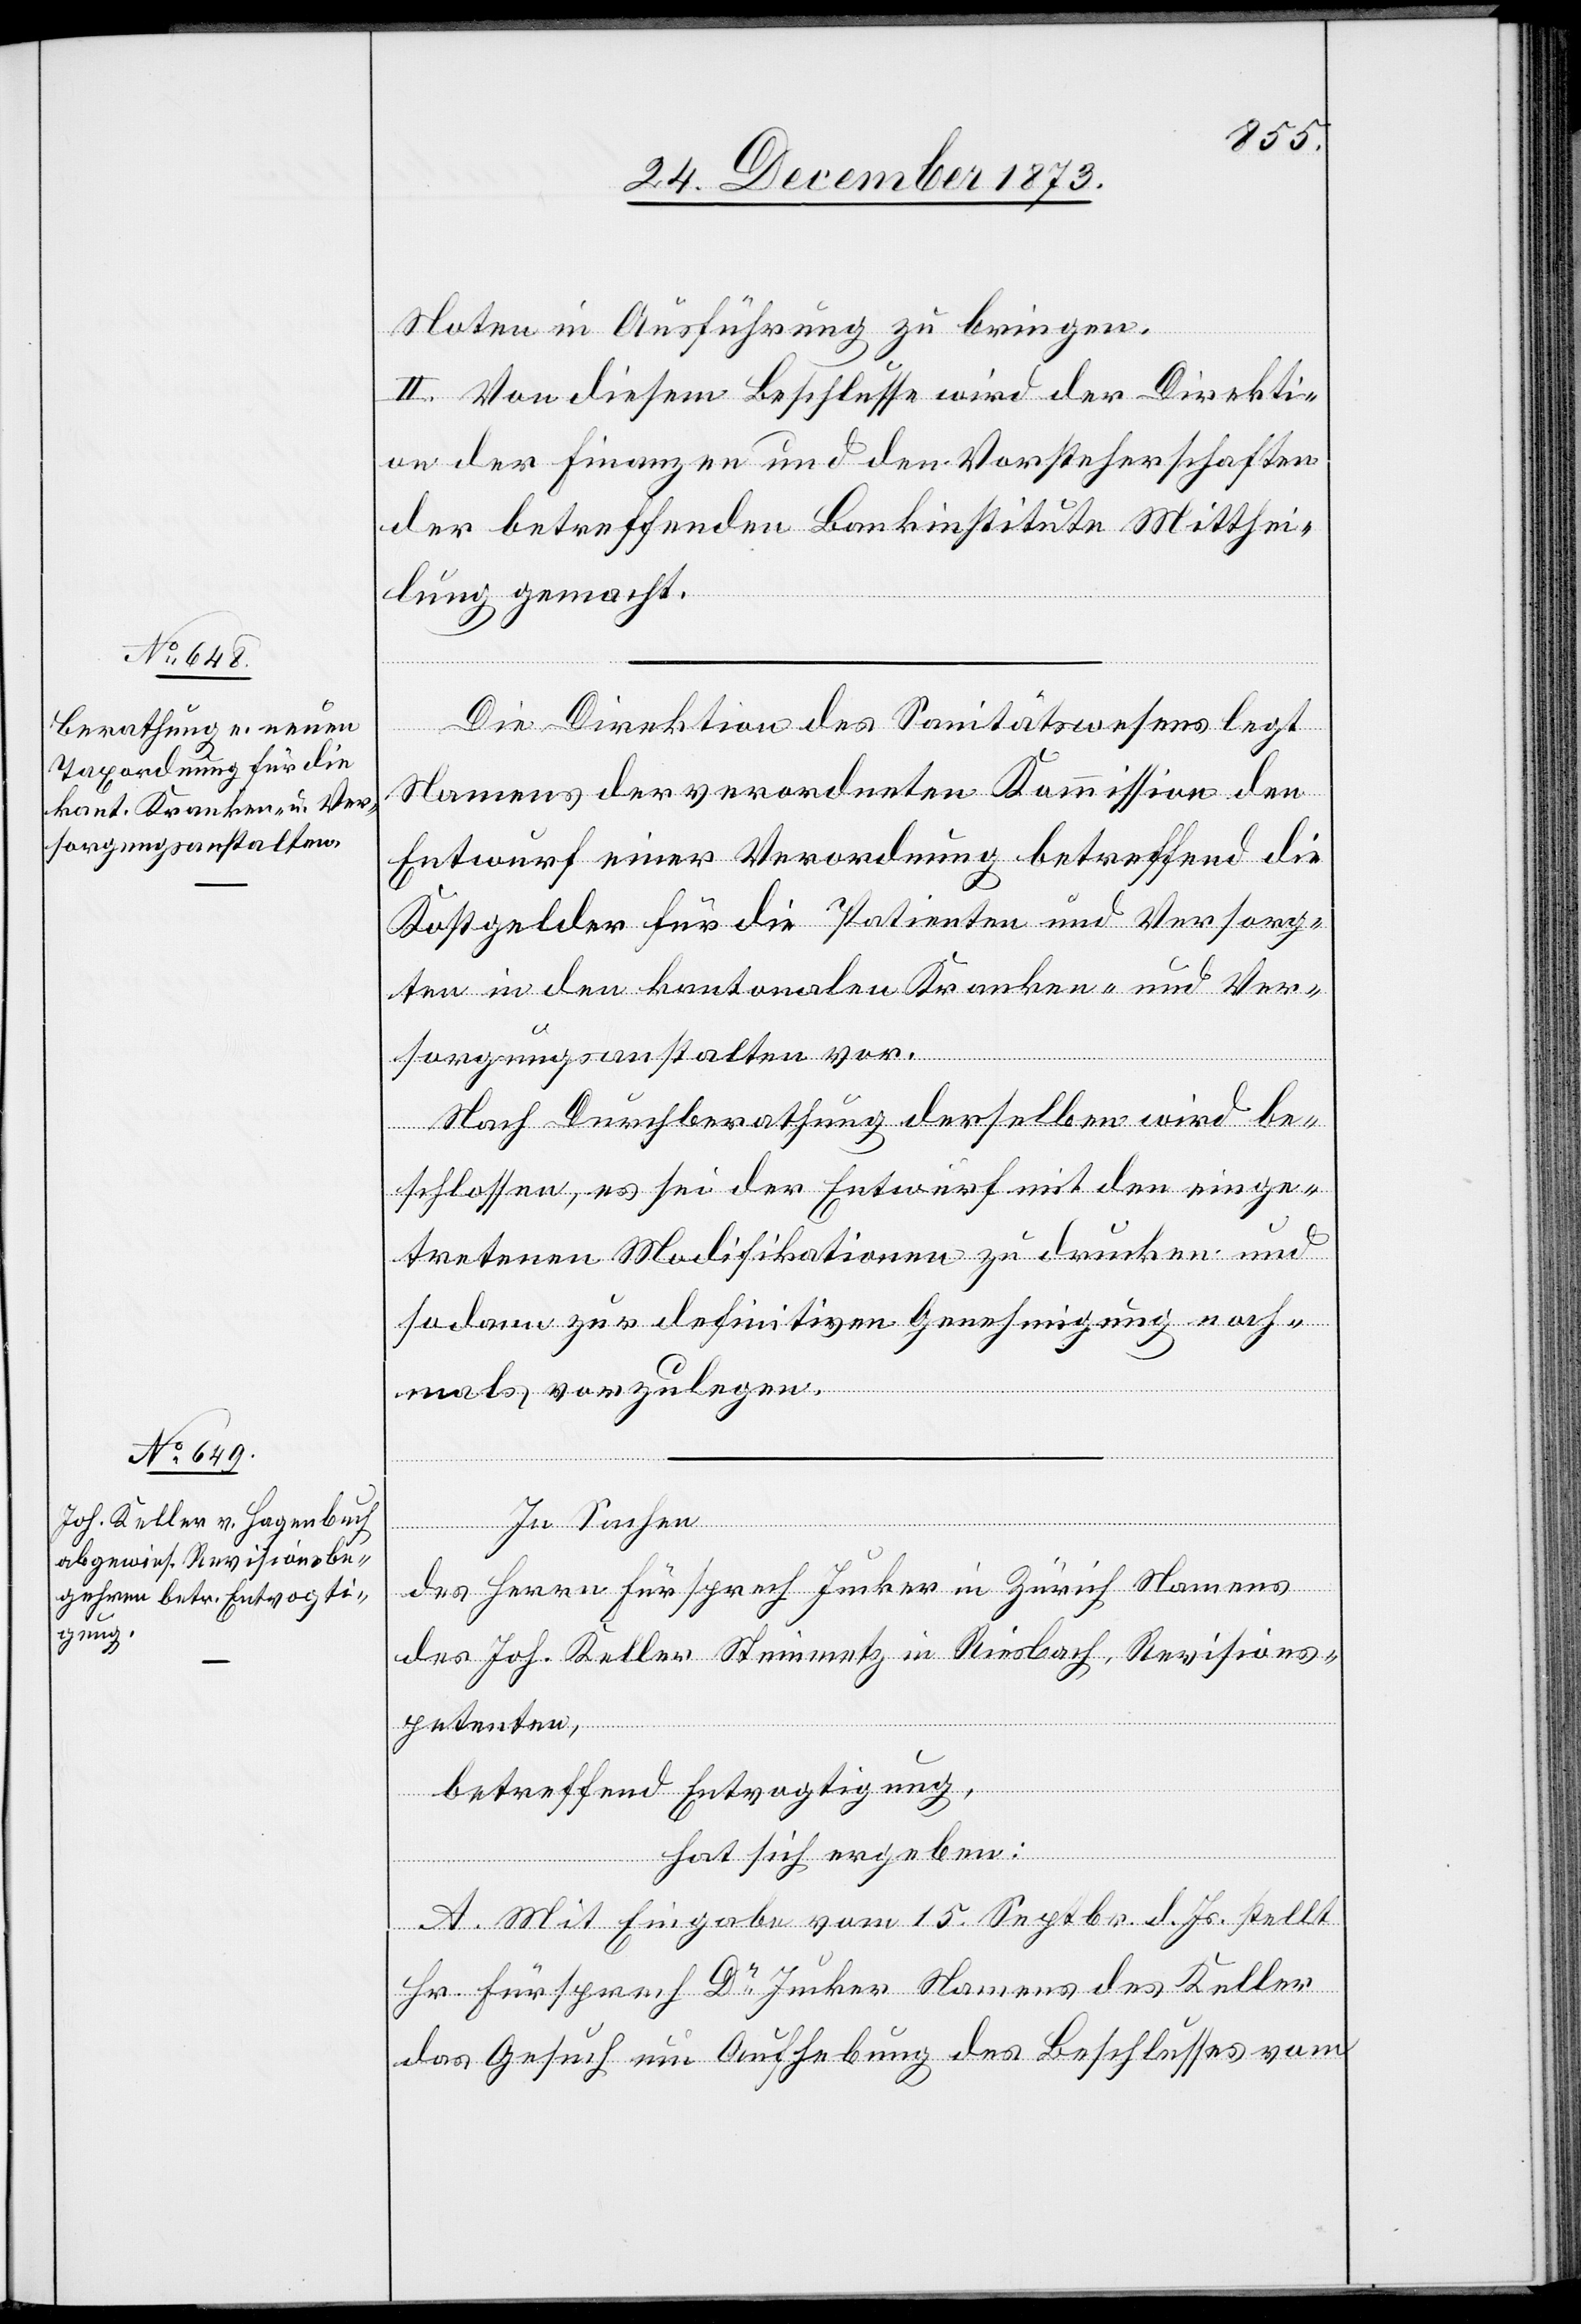
Noten in Ausführung zu bringen.
II. Von diesem Beschlusse wird der Direkti¬
on der Finanzen und den Vorsteherschaften
der betreffenden Bankinstitute Mitthei¬
lung gemacht.
Die Direktion des Sanitätswesens legt
Namens der verordneten Kommission den
Entwurf einer Verordnung betreffend die
Kostgelder für die Patienten und Versorg¬
ten in den kantonalen Kranken- und Ver¬
sorgungsanstalten vor.
Nach Durchberathung derselben wird be¬
schlossen, es sei der Entwurf mit den einge¬
tretenen Modifikationen zu drucken und
sodann zur definitiven Genehmigung noch¬
mals vorzulegen.
In Sachen
des Herrn Fürsprech Jucker in Zürich Namens
des Joh. Keller Steinmetz in Riesbach, Revisions¬
petenten,
betreffend Entvogtigung,
hat sich ergeben:
A. Mit Eingabe vom 15. Septbr. d. Js. stellt
Hr. Fürsprech Dr Jucker Namens des Keller
das Gesuch um Aufhebung des Beschlusses vom